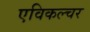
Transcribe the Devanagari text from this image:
एविकल्चर